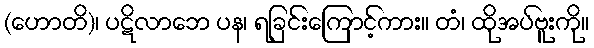
(ဟောတိ)၊ ပဋိလာဘေ ပန၊ ရခြင်းကြောင့်ကား။ တံ၊ ထိုအပ်ဗူးကို။